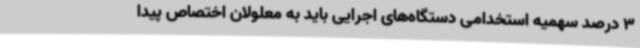
3 درصد سهمیه استخدامی دستگاه‌های اجرایی باید به معلولان اختصاص پیدا